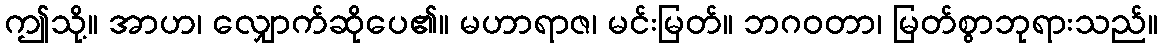
ဤသို့။ အာဟ၊ လျှောက်ဆိုပေ၏။ မဟာရာဇ၊ မင်းမြတ်။ ဘဂဝတာ၊ မြတ်စွာဘုရားသည်။